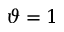
\vartheta = 1